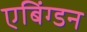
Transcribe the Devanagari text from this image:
एबिंग्डन